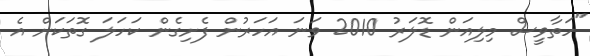
"ހަތާވީސް މިލިއަން ޑޮލަރު 2010 ވަނަ އަހަރުން ފެށިގެން ކަހަލަ ގޮތަކަށް އެ